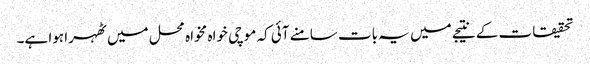
تحقیقات کے نتیجے میں یہ بات سامنے آئی کہ موچی خواہ مخواہ محل میں ٹھہرا ہوا ہے۔